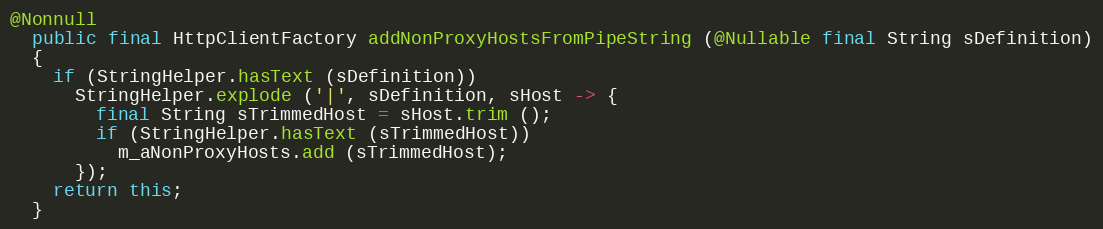
Language: Java
@Nonnull
  public final HttpClientFactory addNonProxyHostsFromPipeString (@Nullable final String sDefinition)
  {
    if (StringHelper.hasText (sDefinition))
      StringHelper.explode ('|', sDefinition, sHost -> {
        final String sTrimmedHost = sHost.trim ();
        if (StringHelper.hasText (sTrimmedHost))
          m_aNonProxyHosts.add (sTrimmedHost);
      });
    return this;
  }